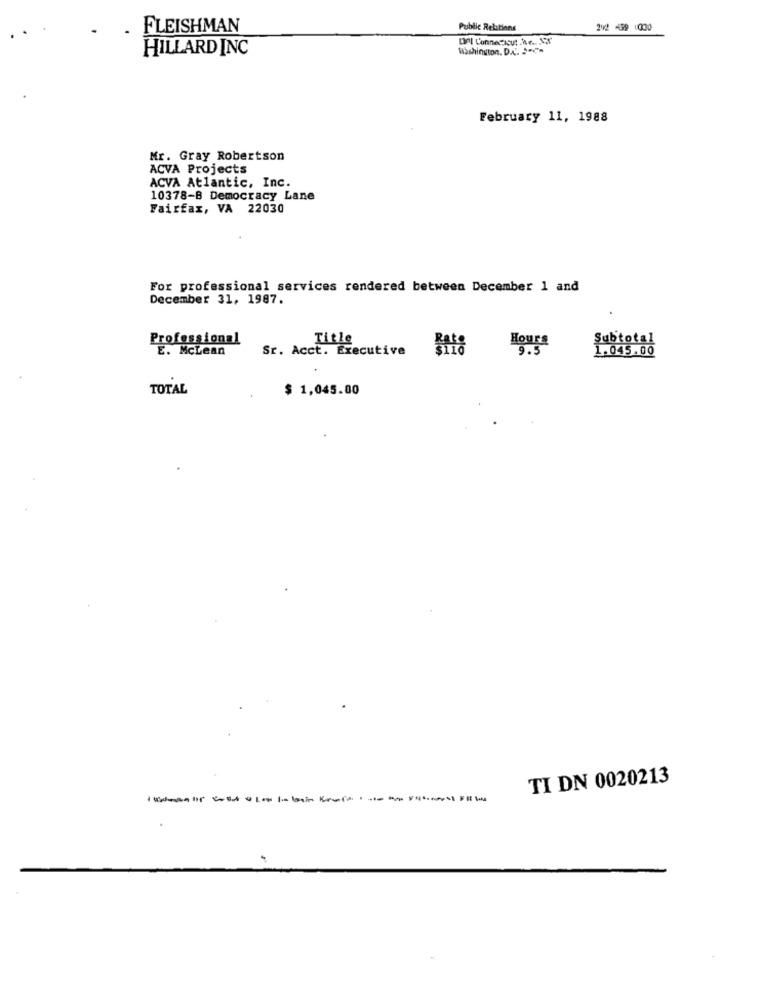
FLEISHMAN
Public Relations
202 499 1000
Del Connecticut Mr .. EX
HILLARD INC
Washington, D.C. """
February 11, 1988
Mr. Gray Robertson
ACVA Projects
ACVA Atlantic, Inc.
10378-B Democracy Lane
Fairfax, VA 22030
For professional services rendered between December 1 and
December 31, 1987.
Professional
Title
Subtotal
E. McLean
Sr. Acct. Executive
Hours
9.5
1.045.00
TOTAL
$ 1,045.00
TI DN 0020213